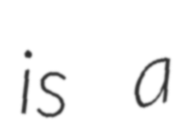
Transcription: is a